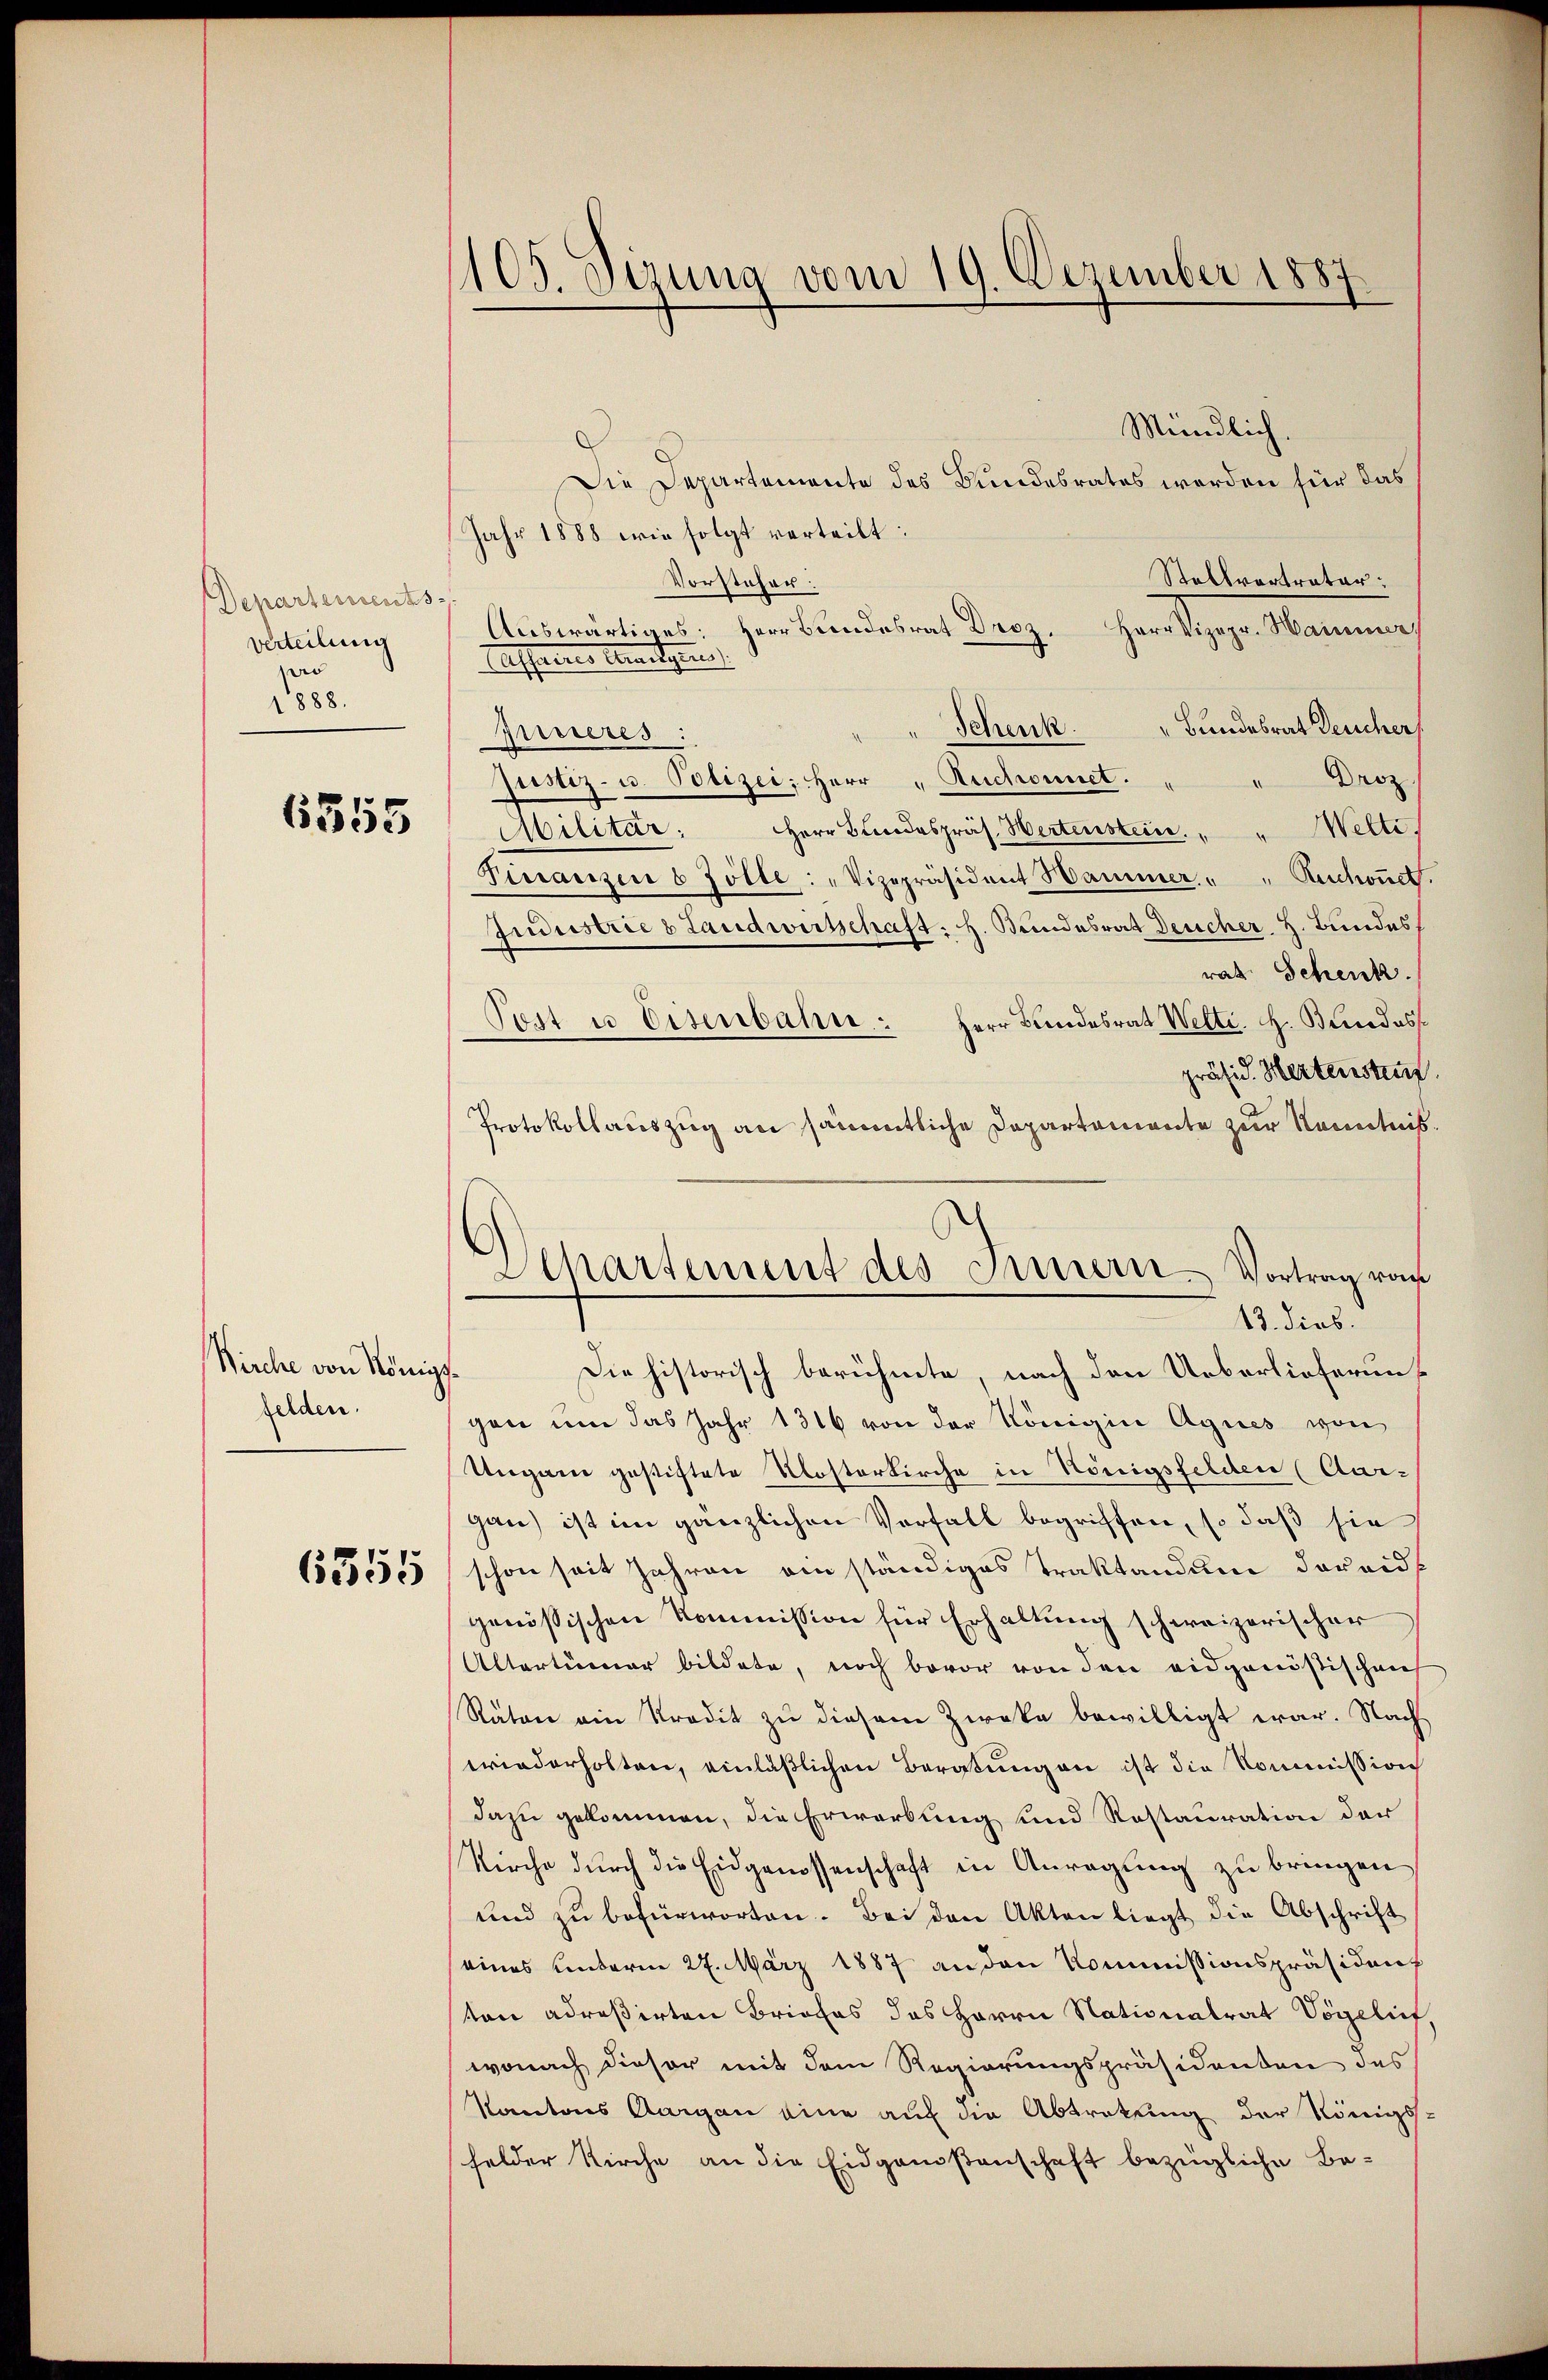
Departements
verteilung
d
1888.

6555

Birche von Königs
felden.

6555

1105. Sizung vom 19. Dezember 1887.

Mündlich.
Die Departemente des Bundesrates werden für das
Jahr 1888 wie folgt verteilt:
Stallvortreter:
Vorsteher:
Auswärtiges: Herr Bundesrat Droz. Herr Vizepr. Manner
Cassenes Venedigen
Schenk. Bundesrat Deucher
printeres:
" Droz.
Justiz- u. Polizei, Herr Ruchonnet.
Militär: Herr Blindespräs. Hertenstein. " " Welti,
Pirranzen 8 Zolle: „Vizepräsident Hammer " " Ruchoṅet.
Jndustrie & Landwirtschaft: H. Bundesrat Deucher H. Bundes
rat. Schenk
Pest u. Eisenbahn. Herr Bundesrat Welti. H. Bundes
präsid. Hertenstur
Protokollauszug an sämmtliche Departemente zur Kenntnis.
Die historisch berühmte, nach den Ueberlieferungen um das Jahr 1316 von der Königin Agnes von
Ungan gestiftete Kosterkirche in Königsfelden (Aar-
gan) ist im gänzlichen Vorfall begriffen, so daß sie
schon seit Jahren ein ständiges Traktandum dareid
genössischen Kommission für Erhaltung schweizerischer
Altertümer bildete, noch bevor von den eidgenössischen
Räten ein Kredit zu diesem Zweke bewilligt war. Nach
wiederholten, einläßlichen Beratungen ist die Kommission
dazu gekommen, die Erwerbung und Restauration der
Kirche durch die Eidgenossenschaft in Anregung zu bringen
und zŭ befürworten. Bei den Akten liegt die Abschrift
eines Unterm 27. März 1887 an den Kommissionspräsident
ton adreßirten Briefes das Herrn Nationalrat Vögelief
wonach dieser mit dem Regierungspräsidenten des
Kantons Aargau eine auf die Abtretung der Königshelder Kirche an die Eidgenoßenschaft bezügliche Be-

Departement des Innern. Vortrag vom
13. dies